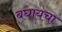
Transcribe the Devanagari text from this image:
बघायचा